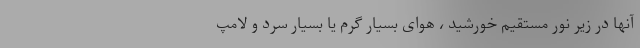
آنها در زیر نور مستقیم خورشید ، هوای بسیار گرم یا بسیار سرد و لامپ